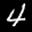
Label: 4